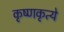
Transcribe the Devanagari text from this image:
कृष्णकृत्ये